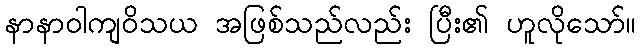
နာနာဝါကျဝိသယ အဖြစ်သည်လည်း ပြီး၏ ဟူလိုသော်။